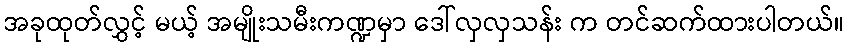
အခုထုတ်လွှင့် မယ့် အမျိုးသမီးကဏ္ဍမှာ ဒေါ်လှလှသန်း က တင်ဆက်ထားပါတယ်။